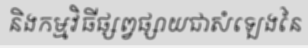
និងកម្មវិធីផ្សព្វផ្សាយជាសំឡេងនៃ